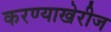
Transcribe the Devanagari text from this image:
करण्याखेरीज